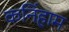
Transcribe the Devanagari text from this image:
कनिंहाम